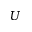
U